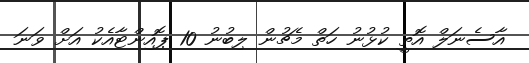
އާސެނަލް އޮތީ ކުޅުުނު ހަތް މެޗުން ލިބުނު 10 ޕޮއިންޓާއެކު އަށް ވަނަ